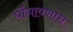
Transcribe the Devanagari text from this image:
घोंगावणारा